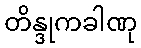
တိန္ဒုကခါဏု